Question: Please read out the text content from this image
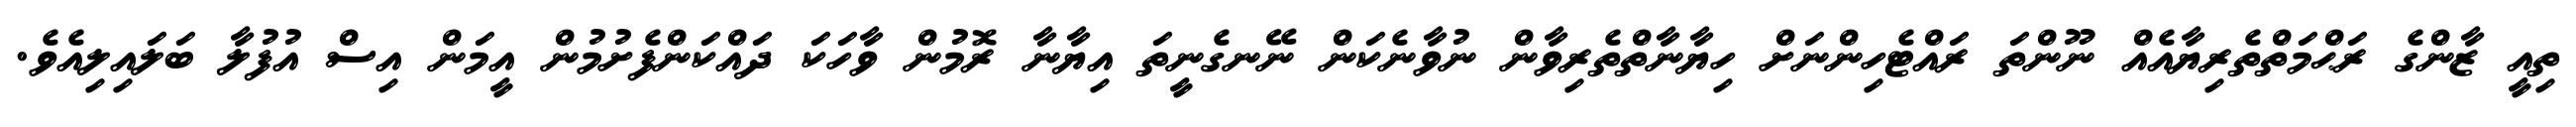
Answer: ތިއީ ޒާންގެ ރަޙްމަތްތެރިޔާއެއް ނޫންތަ ރައްޓެހިންނަށް ހިޔާނާތްތެރިވާން ނުވާނެކަން ނޭނގެނީތަ އިޔާނާ ރޮމުން ވާހަކަ ދައްކަންފެށުމުން އީމަން އިސް އުފުލާ ބަލައިލިއެވެ.